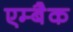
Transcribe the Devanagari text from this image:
एम्बैक